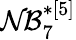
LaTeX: \mathcal{NB}_{7}^{*[5]}